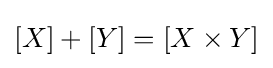
[X]+[Y]=[X\times Y]